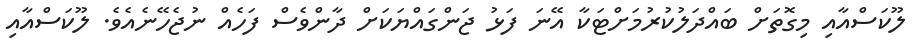
ލޫކަސްއާއި މިގޮތަށް ބައްދަލުކުރުމަށްޓަކާ އޭނަ ފަޅު ޖަންގައްޔަކަށް ދާންވެސް ފަހެއް ނުޖެހޭނެއެވެ. ލޫކަސްއާއި